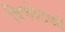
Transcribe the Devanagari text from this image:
विफोटकों